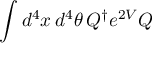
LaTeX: \int d ^ { 4 } x \, d ^ { 4 } \theta \, Q ^ { \dagger } e ^ { 2 V } Q